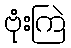
ဗုံးကြဲ